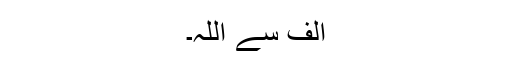
الف سے اللہ۔